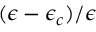
( \epsilon - \epsilon _ { c } ) / \epsilon